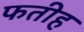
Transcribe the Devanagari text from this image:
फतीह